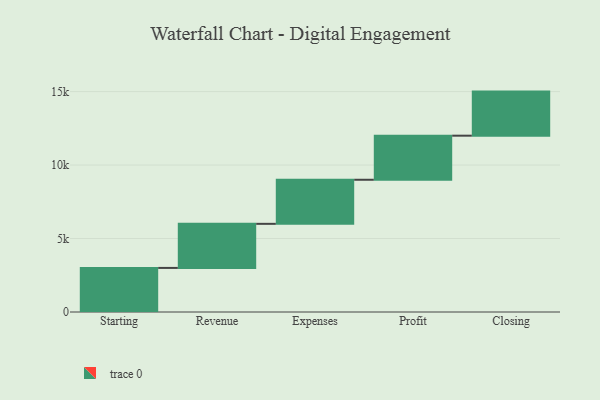
{"axis": {"x": "Step", "y": "Value"}, "legend": [""], "data": [{"x": "Starting", "y": 3000, "type": ""}, {"x": "Revenue", "y": 3000, "type": ""}, {"x": "Expenses", "y": 3000, "type": ""}, {"x": "Profit", "y": 3000, "type": ""}, {"x": "Closing", "y": 3000, "type": ""}]}